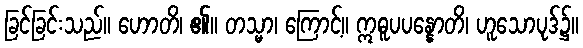
ခြင်ခြင်းသည်။ ဟောတိ၊ ၏။ တသ္မာ၊ ကြောင့်။ ဣဓူပပန္နောတိ၊ ဟူသောပုဒ်၌။